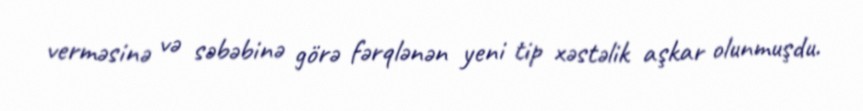
verməsinə və səbəbinə görə fərqlənən yeni tip xəstəlik aşkar olunmuşdu.